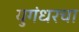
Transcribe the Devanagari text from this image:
युगंधरचा